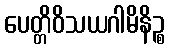
ပေတ္တိဝိသယဂါမိနိဉ္စ